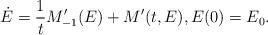
LaTeX: \begin{align*}\dot{E}=\dfrac{1}{t} M_{-1}'(E) + M'(t,E), E(0)=E_0.\end{align*}